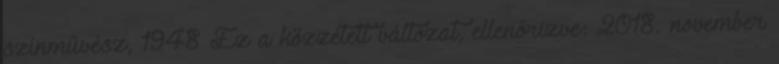
színművész, 1948 Ez a közzétett változat, ellenőrizve: 2018. november